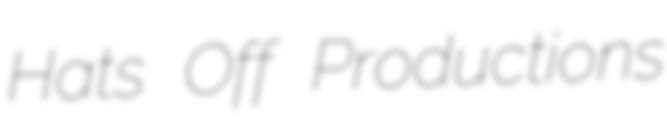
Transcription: Hats Off Productions